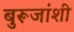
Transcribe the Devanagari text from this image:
बुरूजांशी